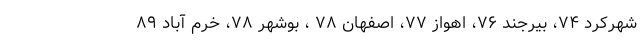
شهرکرد ۷۴، بیرجند ۷۶، اهواز ۷۷، اصفهان ۷۸ ، بوشهر ۷۸، خرم آباد ۸۹